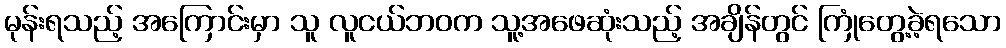
မုန်းရသည့် အကြောင်းမှာ သူ လူငယ်ဘဝက သူ့အဖေဆုံးသည့် အချိန်တွင် ကြုံတွေ့ခဲ့ရသော